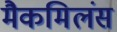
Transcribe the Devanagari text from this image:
मैकमिलंस